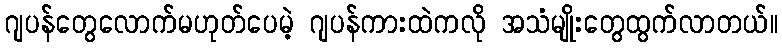
ဂျပန်တွေလောက်မဟုတ်ပေမဲ့ ဂျပန်ကားထဲကလို အသံမျိုးတွေထွက်လာတယ်။